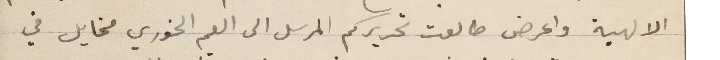
الالهية واعرض طالعت تحريركم المرسل الى العم الخوري مخايل في